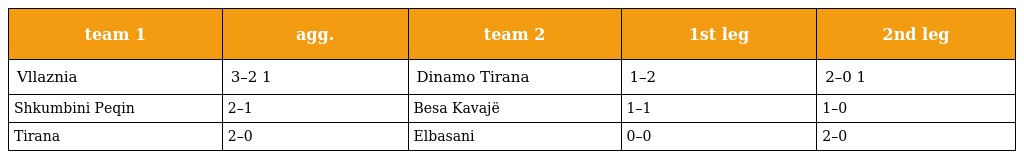
| team 1 | agg. | team 2 | 1st leg | 2nd leg |
 | --- | --- | --- | --- | --- |
 | Vllaznia | 3–2 1 | Dinamo Tirana | 1–2 | 2–0 1 |
 | Shkumbini Peqin | 2–1 | Besa Kavajë | 1–1 | 1–0 |
 | Tirana | 2–0 | Elbasani | 0–0 | 2–0 |